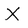
Character: X